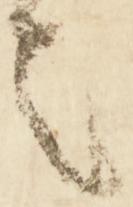
者